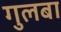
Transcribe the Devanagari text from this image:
गुलबा